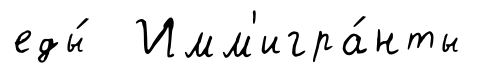
еды́ Имм'игра́нты